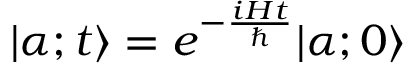
| \alpha ; t \rangle = e ^ { - { \frac { i H t } { \hbar } } } | \alpha ; 0 \rangle